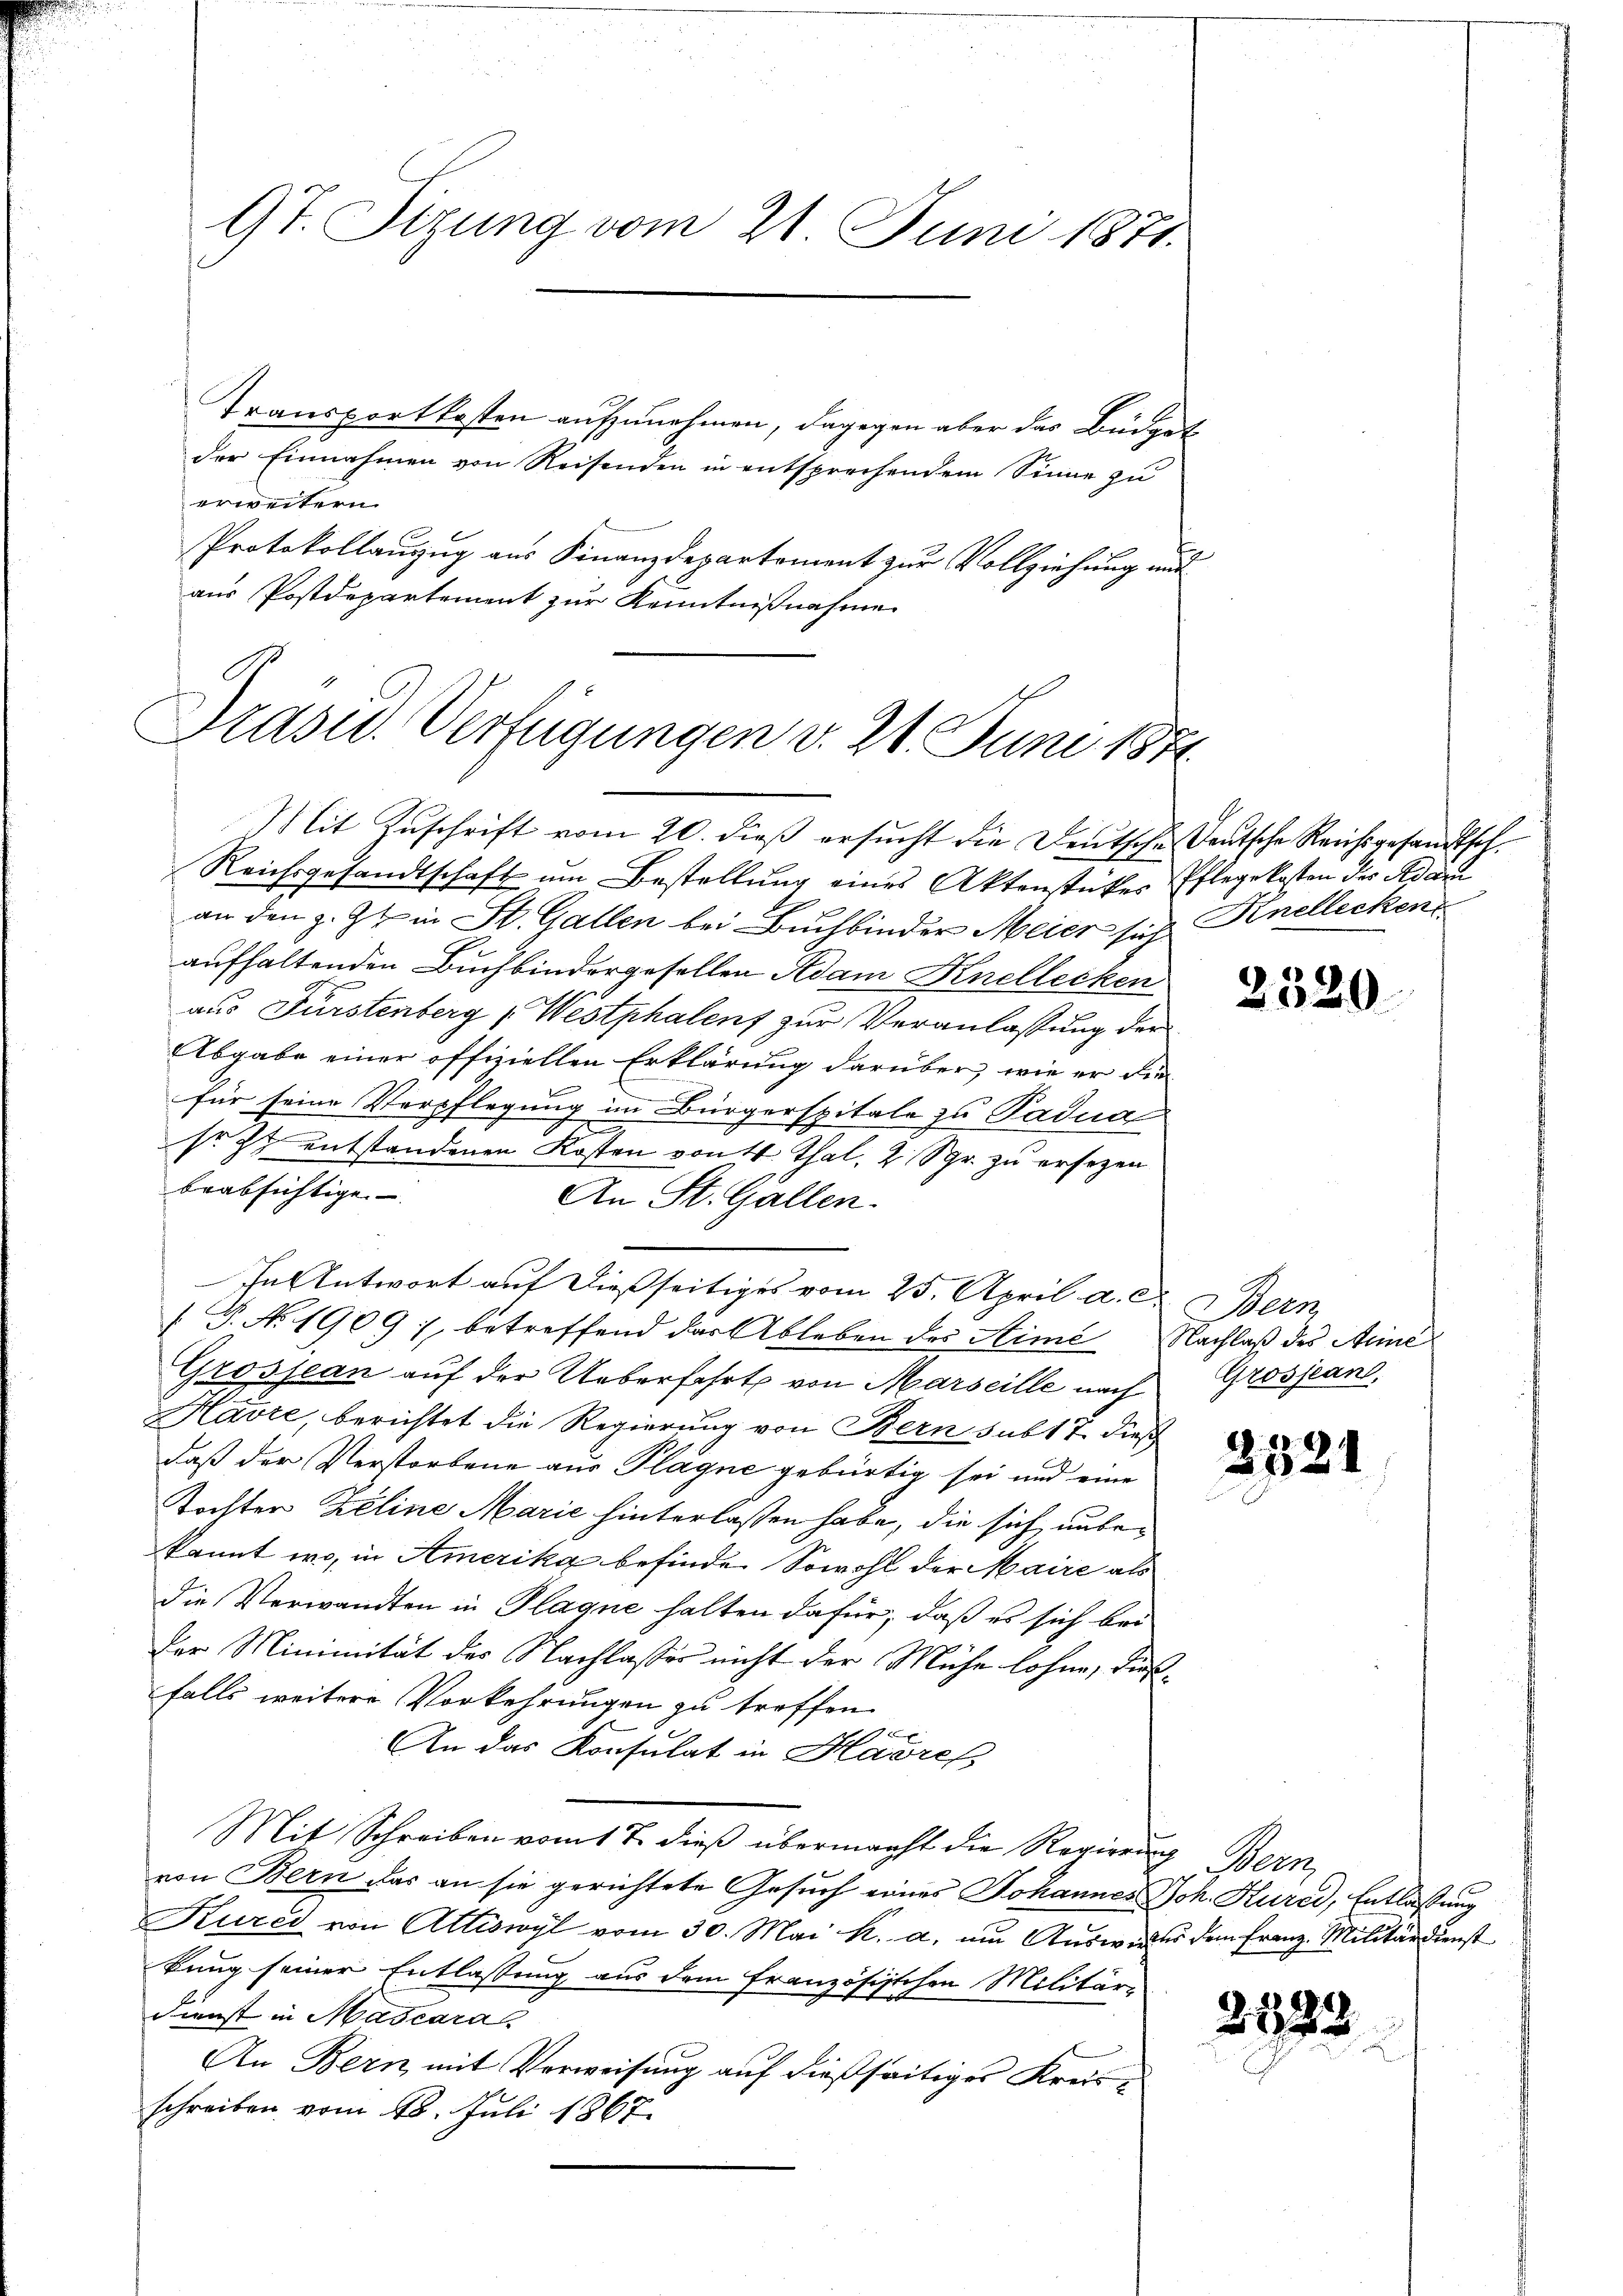
9t. Sizung vom 21. Juni 1871.

Transportkosten aufzunehmen, dagegen aber das Büdget
der Einnahmen von Reisenden in entsprechendem Sinne zu
erweitern.
Protokollauzug aus Finanzdepartement zur Vollziehung und
aus Postdepartement zur Kenntnißnahme

Präsid. Verfügungen v. 24. Juni 1841.

Mit Zuschrift vom 20. dieß ersucht die Deutsche Deutsche Reichsgesandtsch¬
Reichsgesandtschaft um Bestellung eines Aktenstückes Pflegekosten des Adam
an den z. Z. in St. Gallen bei Buchbinder Meier sich Knellecken
aufhaltenden Buchbindergesellen Adam Knellecken
aus Fürstenberg (Westphalent zur Veranlassung der
Abgabe einer offiziellen Erklärung darüber, wie er die
d
für seine Verpflegung im Bürgerspitale zu Padua
sr zu entstandenen Kosten von 4 Thal, 2 Sgr. zu ersezen
beabsichtige.
An St. Gallen.
In Antwort auf dießseitiges vom 25. April a. c. Bern,
 P. No 1909 ; betreffend das Ableben des Stime Nachlaß des Anne
Grosjean auf der Ueberfahrt von Marseille nach
Huvre, berichtet die Regierung von Bern sub 17. dieß
daß der Verstorbene aus Plagne gebürtig sei und eine
Tochter Zeline Marie hinterlassen habe, die sich unbekannt wo, in Amerika befinden Sowohl der Maire als
die Verwandten in Plagne halten dafür, daß es sich bei
Der Minimität des Nachlasses nicht der Mühe lohne, dießfalls weitere Vorkehrungen zu troffen.
E
An das Konsulat in Havres
Mit Schreiben vom 17. dieβ übermacht die Regierung Bern,
von Bern das an sie gerichtete Gesuch eines Johannes Joh. Kured, Entlaßung
Kures von Attiswyl vom 30. Mai k. a. um Ausweis dem Franz. Militärdienst
bung seiner Entlassung aus dem französischen Militär¬
Dienst in Mascara
An Bern mit Verweisung auf dießseitiges Kreisschreiben vom 18. Juli 1867.

2320

Grosjean,

2321

2323